Leprosy in India: report of the Leprosy Commission in India, 1890-91
Year: 1890
Disease focus: Leprosy
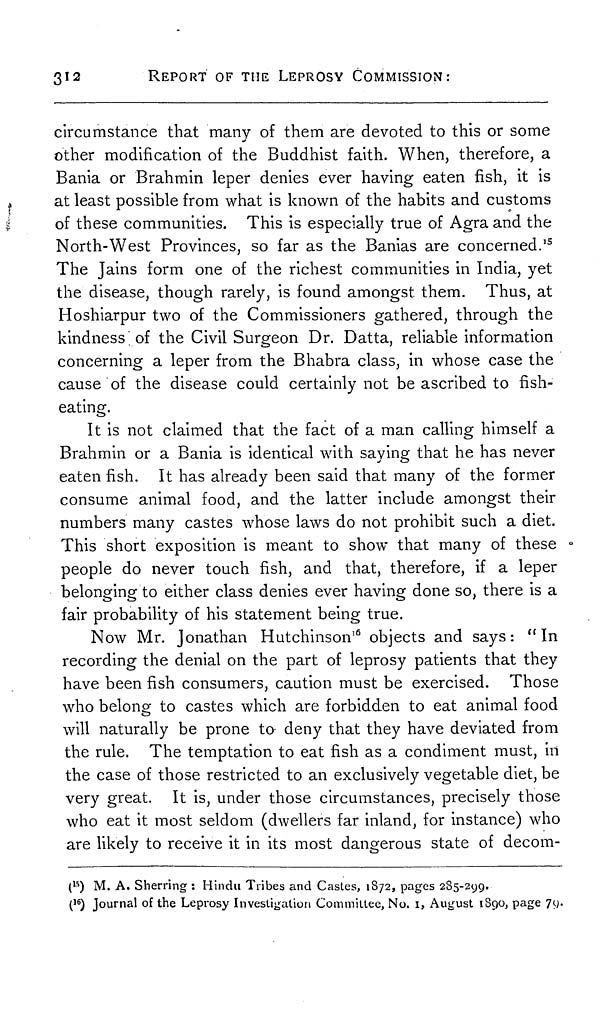
312
REPORT OF THE LEPROSY COMMISSION:
circumstance that many of them are devoted to this or some
other modification of the Buddhist faith. When, therefore, a
Bania or Brahmin leper denies ever having eaten fish, it is
at least possible from what is known of the habits and customs
of these communities. This is especially true of Agra and the
North-West Provinces, so far as the Banias are concerned. 15
The Jains form one of the richest communities in India, yet
the disease, though rarely, is found amongst them. Thus, at
Hoshiarpur two of the Commissioners gathered, through the
kindness of the Civil Surgeon Dr. Datta, reliable information
concerning a leper from the Bhabra class, in whose case the
cause of the disease could certainly not be ascribed to fish-
eating.
It is not claimed that the fact of a man calling himself a
Brahmin or a Bania is identical with saving that he has never
eaten fish. It has already been said that many of the former
consume animal food, and the latter include amongst their
numbers many castes whose laws do not prohibit such a diet.
This short exposition is meant to show that many of these
people do never touch fish, and that, therefore, if a leper
belonging to either class denies ever having done so, there is a
fair probability of his statement being true.
Now Mr. Jonathan Hutchinson 16 objects and says: "In
recording the denial on the part of leprosy patients that they
have been fish consumers, caution must be exercised. Those
who belong to castes which are forbidden to eat animal food
will naturally be prone to deny that they have deviated from
the rule. The temptation to eat fish as a condiment must, in
the case of those restricted to an exclusively vegetable diet, be
very great. It is, under those circumstances, precisely those
who eat it most seldom (dwellers far inland, for instance) who
are likely to receive it in its most dangerous state of decom-
( 15 ) M. A. Sherring : Hindu Tribes and Castes, 1872, pages 285-299.
( 16 ) Journal of the Leprosy Investigation Committee, No. 1, August 1890, page 79.